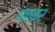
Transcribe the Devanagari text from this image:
पाठकर